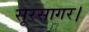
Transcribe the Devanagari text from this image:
सूरसागर।